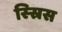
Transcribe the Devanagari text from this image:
स्स्रिस